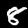
Digit: 8